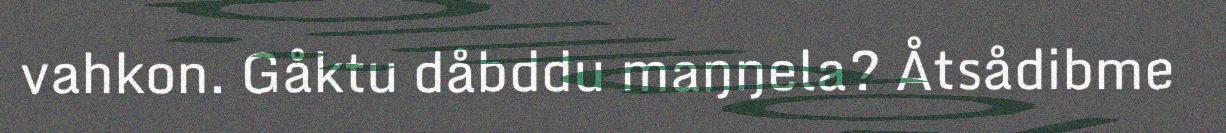
vahkon. Gåktu dåbddu maŋŋela? Åtsådibme